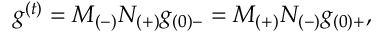
g ^ { ( t ) } = M _ { ( - ) } N _ { ( + ) } g _ { ( 0 ) - } = M _ { ( + ) } N _ { ( - ) } g _ { ( 0 ) + } ,